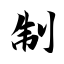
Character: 制